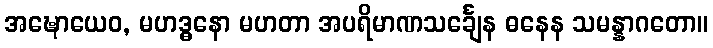
အဍ္ဎောယေဝ, မဟဒ္ဓနော မဟတာ အပရိမာဏသင်္ချေန ဓနေန သမန္နာဂတော။